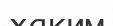
хаким